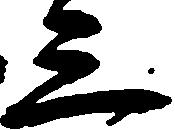
三